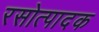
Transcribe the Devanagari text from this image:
रसोत्पादक